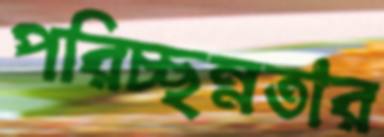
পরিচ্ছন্নতার